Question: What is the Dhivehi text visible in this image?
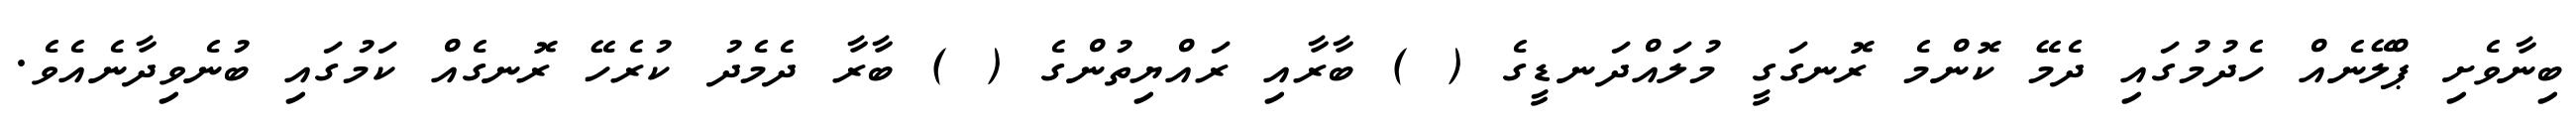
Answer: ބިނާވެށި ޕްލޭނެއް ހެދުމުގައި ދެމޭ ކޮންމެ ރޮނގަގީ މުލައްދަނޑީގެ ( ) ބާރާއި ރައްޔިތުންގެ ( ) ބާރާ ދެމެދު ކުރެހޭ ރޮނގެއް ކަމުގައި ބުނެވިދާނެއެވެ.